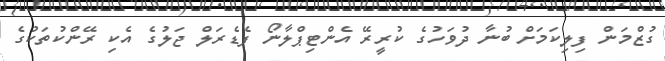
ގުޒްމަން ފިލިކަމަށް ބުނާ ދުވަހުގެ ކުރީރޭ އެންޓިޕްލާނޯ ފެޑެރަލް ޖަލުގެ އެކި ރޭންކުތަކުގެ